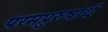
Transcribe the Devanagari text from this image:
परमपुरुषार्थः